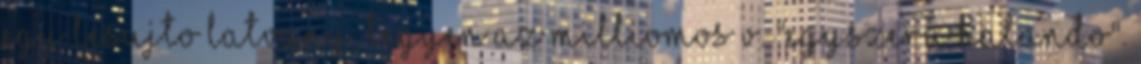
egy lesujto latvany, legyen az milliomos v. "egyszeru halando".